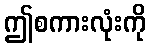
ဤစကားလုံးကို